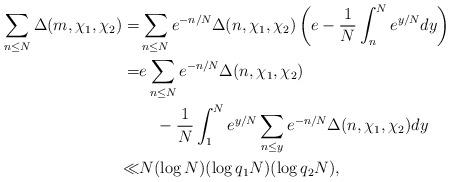
LaTeX: \begin{align*}\sum_{n\le N}\Delta(m,\chi_1,\chi_2)=&\sum_{n\le N}e^{-n/N}\Delta(n,\chi_1,\chi_2)\left(e-\frac{1}{N}\int_n^Ne^{y/N}dy\right)\\=&e\sum_{n\le N}e^{-n/N}\Delta(n,\chi_1,\chi_2)\\&\quad-\frac{1}{N}\int_1^Ne^{y/N}\sum_{n\le y}e^{-n/N}\Delta(n,\chi_1,\chi_2)dy\\\ll& N(\log N)(\log q_1N)(\log q_2N),\end{align*}